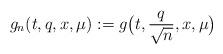
LaTeX: \begin{align*}g_n(t,q, x,\mu):= g\big(t, \frac{q}{\sqrt{n}}, x, \mu\big)\end{align*}